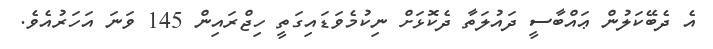
އެ ދެބޭކަލުން ޢައްބާސީ ދައުލަތާ ދެކޮޅަށް ނިކުމެވަޑައިގަތީ ހިޖްރައިން 145 ވަނަ އަހަރުއެވެ.